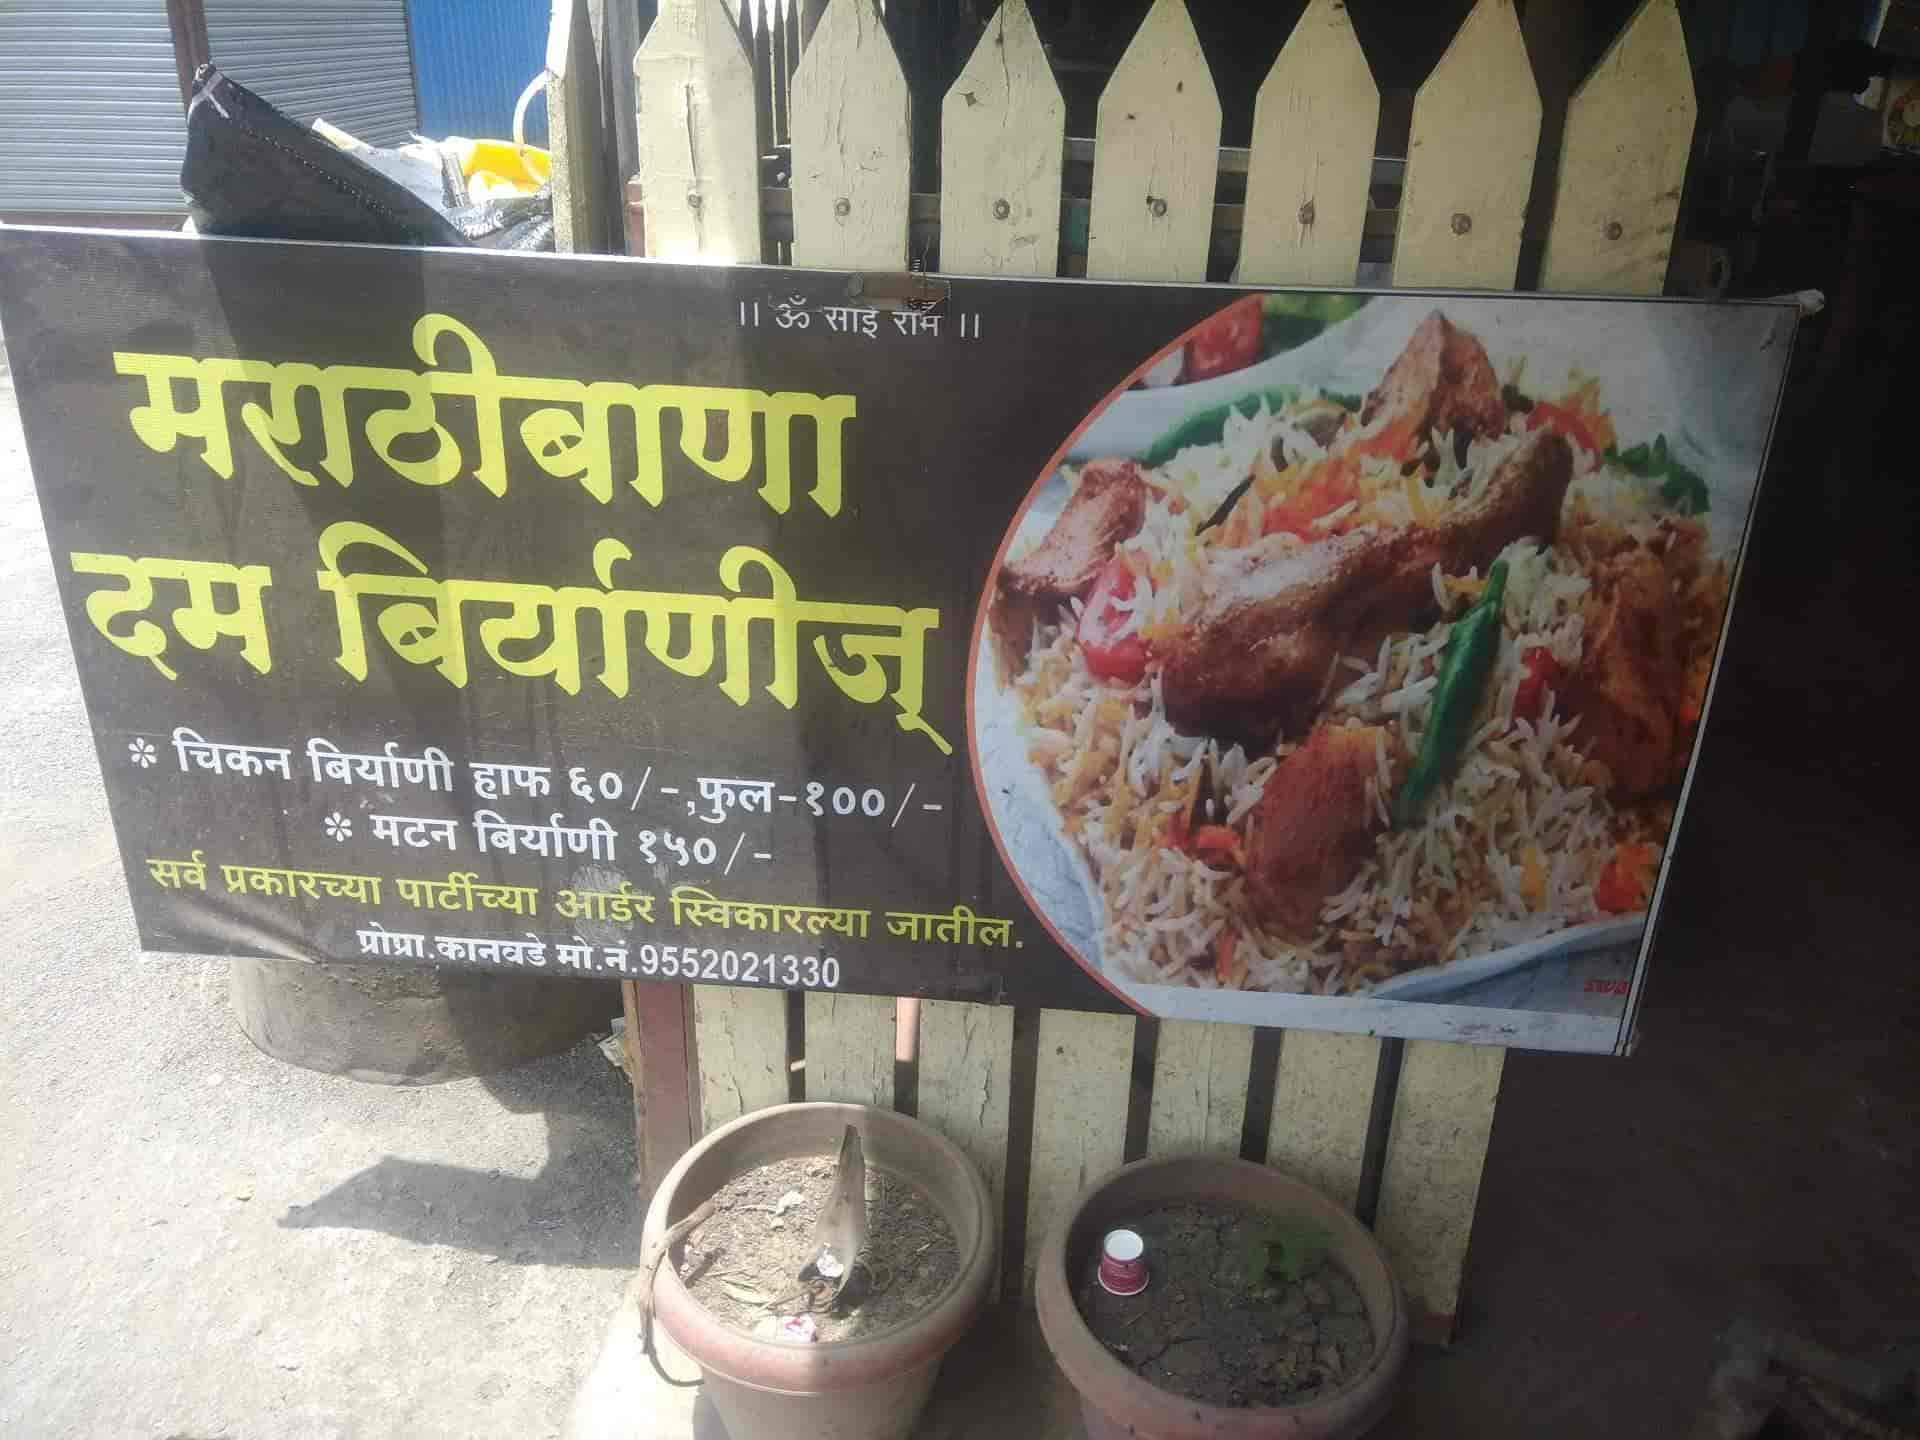
Language: marathi
Transcription: मराठीबाणा सर्व प्रकारच्या पार्टीच्या आर्डर स्विकारल्या जातील दम बिर्याणीज्